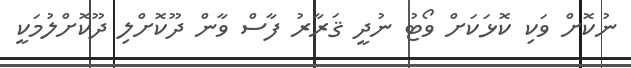
ނުކޮށް ވަކި ކޮޅަކަށް ވޯޓު ނުދީ ޤަރާރު ފާސް ވާން ދޫކޮށްލި ދޫކޮށްލުމަކީ